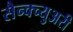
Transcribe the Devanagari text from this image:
सैन्क्च्युअरी